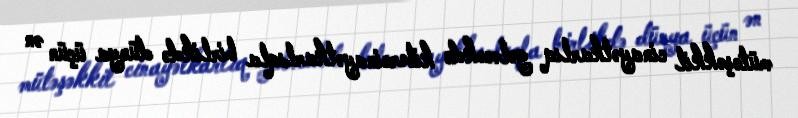
mütəşəkkil cinayətkarlıq gələcəkdə kibercinayətkarlıqla birlikdə dünya üçün ən